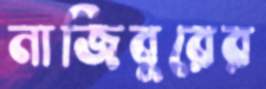
নাজিবুরের